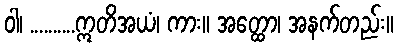
ဝါ၊ ..........ဣတိအယံ၊ ကား။ အတ္ထော၊ အနက်တည်း။